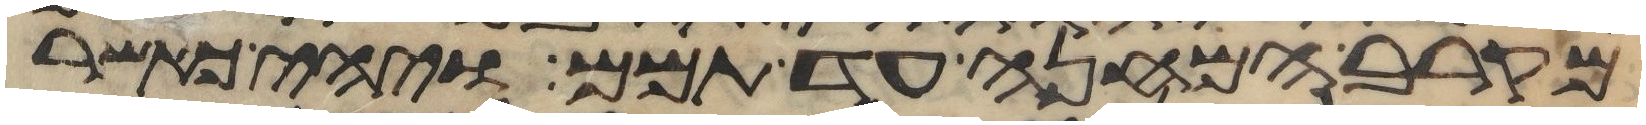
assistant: מקרב המחנה עד תמם ויהי כאשר